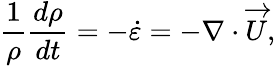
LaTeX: \frac{1}{\rho}\frac{d\rho}{dt}=-\dot{\varepsilon}=-\nabla\cdot\overrightarrow{U},